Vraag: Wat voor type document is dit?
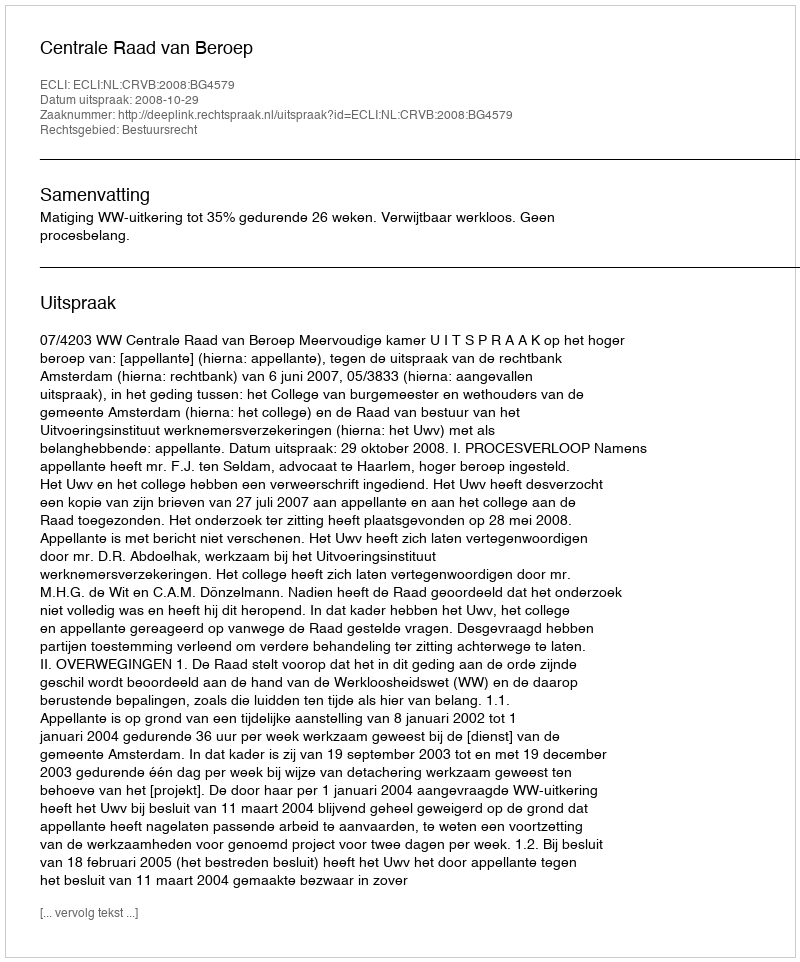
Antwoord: Uitspraak